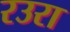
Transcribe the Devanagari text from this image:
रउरा